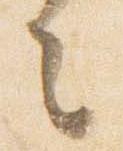
去